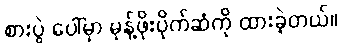
စားပွဲ ပေါ်မှာ မုန့်ဖိုးပိုက်ဆံကို ထားခဲ့တယ်။